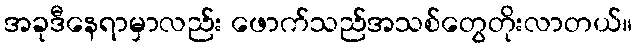
အခုဒီနေရာမှာလည်း ဖောက်သည်အသစ်တွေတိုးလာတယ်။